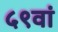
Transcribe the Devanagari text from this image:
५९वां